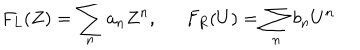
F _ { L } ( Z ) = \sum _ { n } a _ { n } Z ^ { n } , F _ { R } ( U ) = \sum _ { n } b _ { n } U ^ { n }